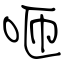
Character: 咂